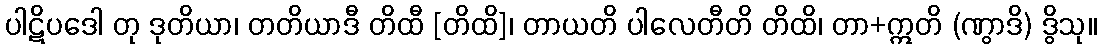
ပါဋိပဒေါ တု ဒုတိယာ၊ တတိယာဒီ တိထီ [တိထိ]၊ တာယတိ ပါလေတီတိ တိထိ၊ တာ+ဣတိ (ဏွာဒိ) ဒွိသု။